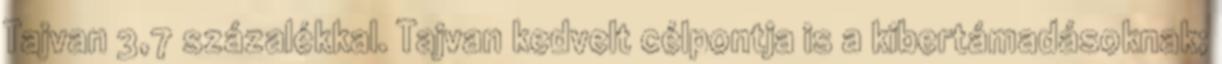
Tajvan 3,7 százalékkal. Tajvan kedvelt célpontja is a kibertámadásoknak;